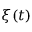
\xi ( t )